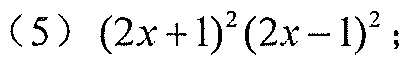
(5) \((2x + 1)^2(2x - 1)^2\);